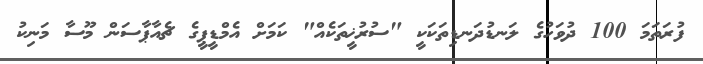
ފުރަތަމަ 100 ދުވަހުގެ ލަނޑުދަނޑިތަކަކީ "ސުރުޚީތަކެއް" ކަމަށް އެމްޑީޕީގެ ޗެއާޕާސަން މޫސާ މަނިކު